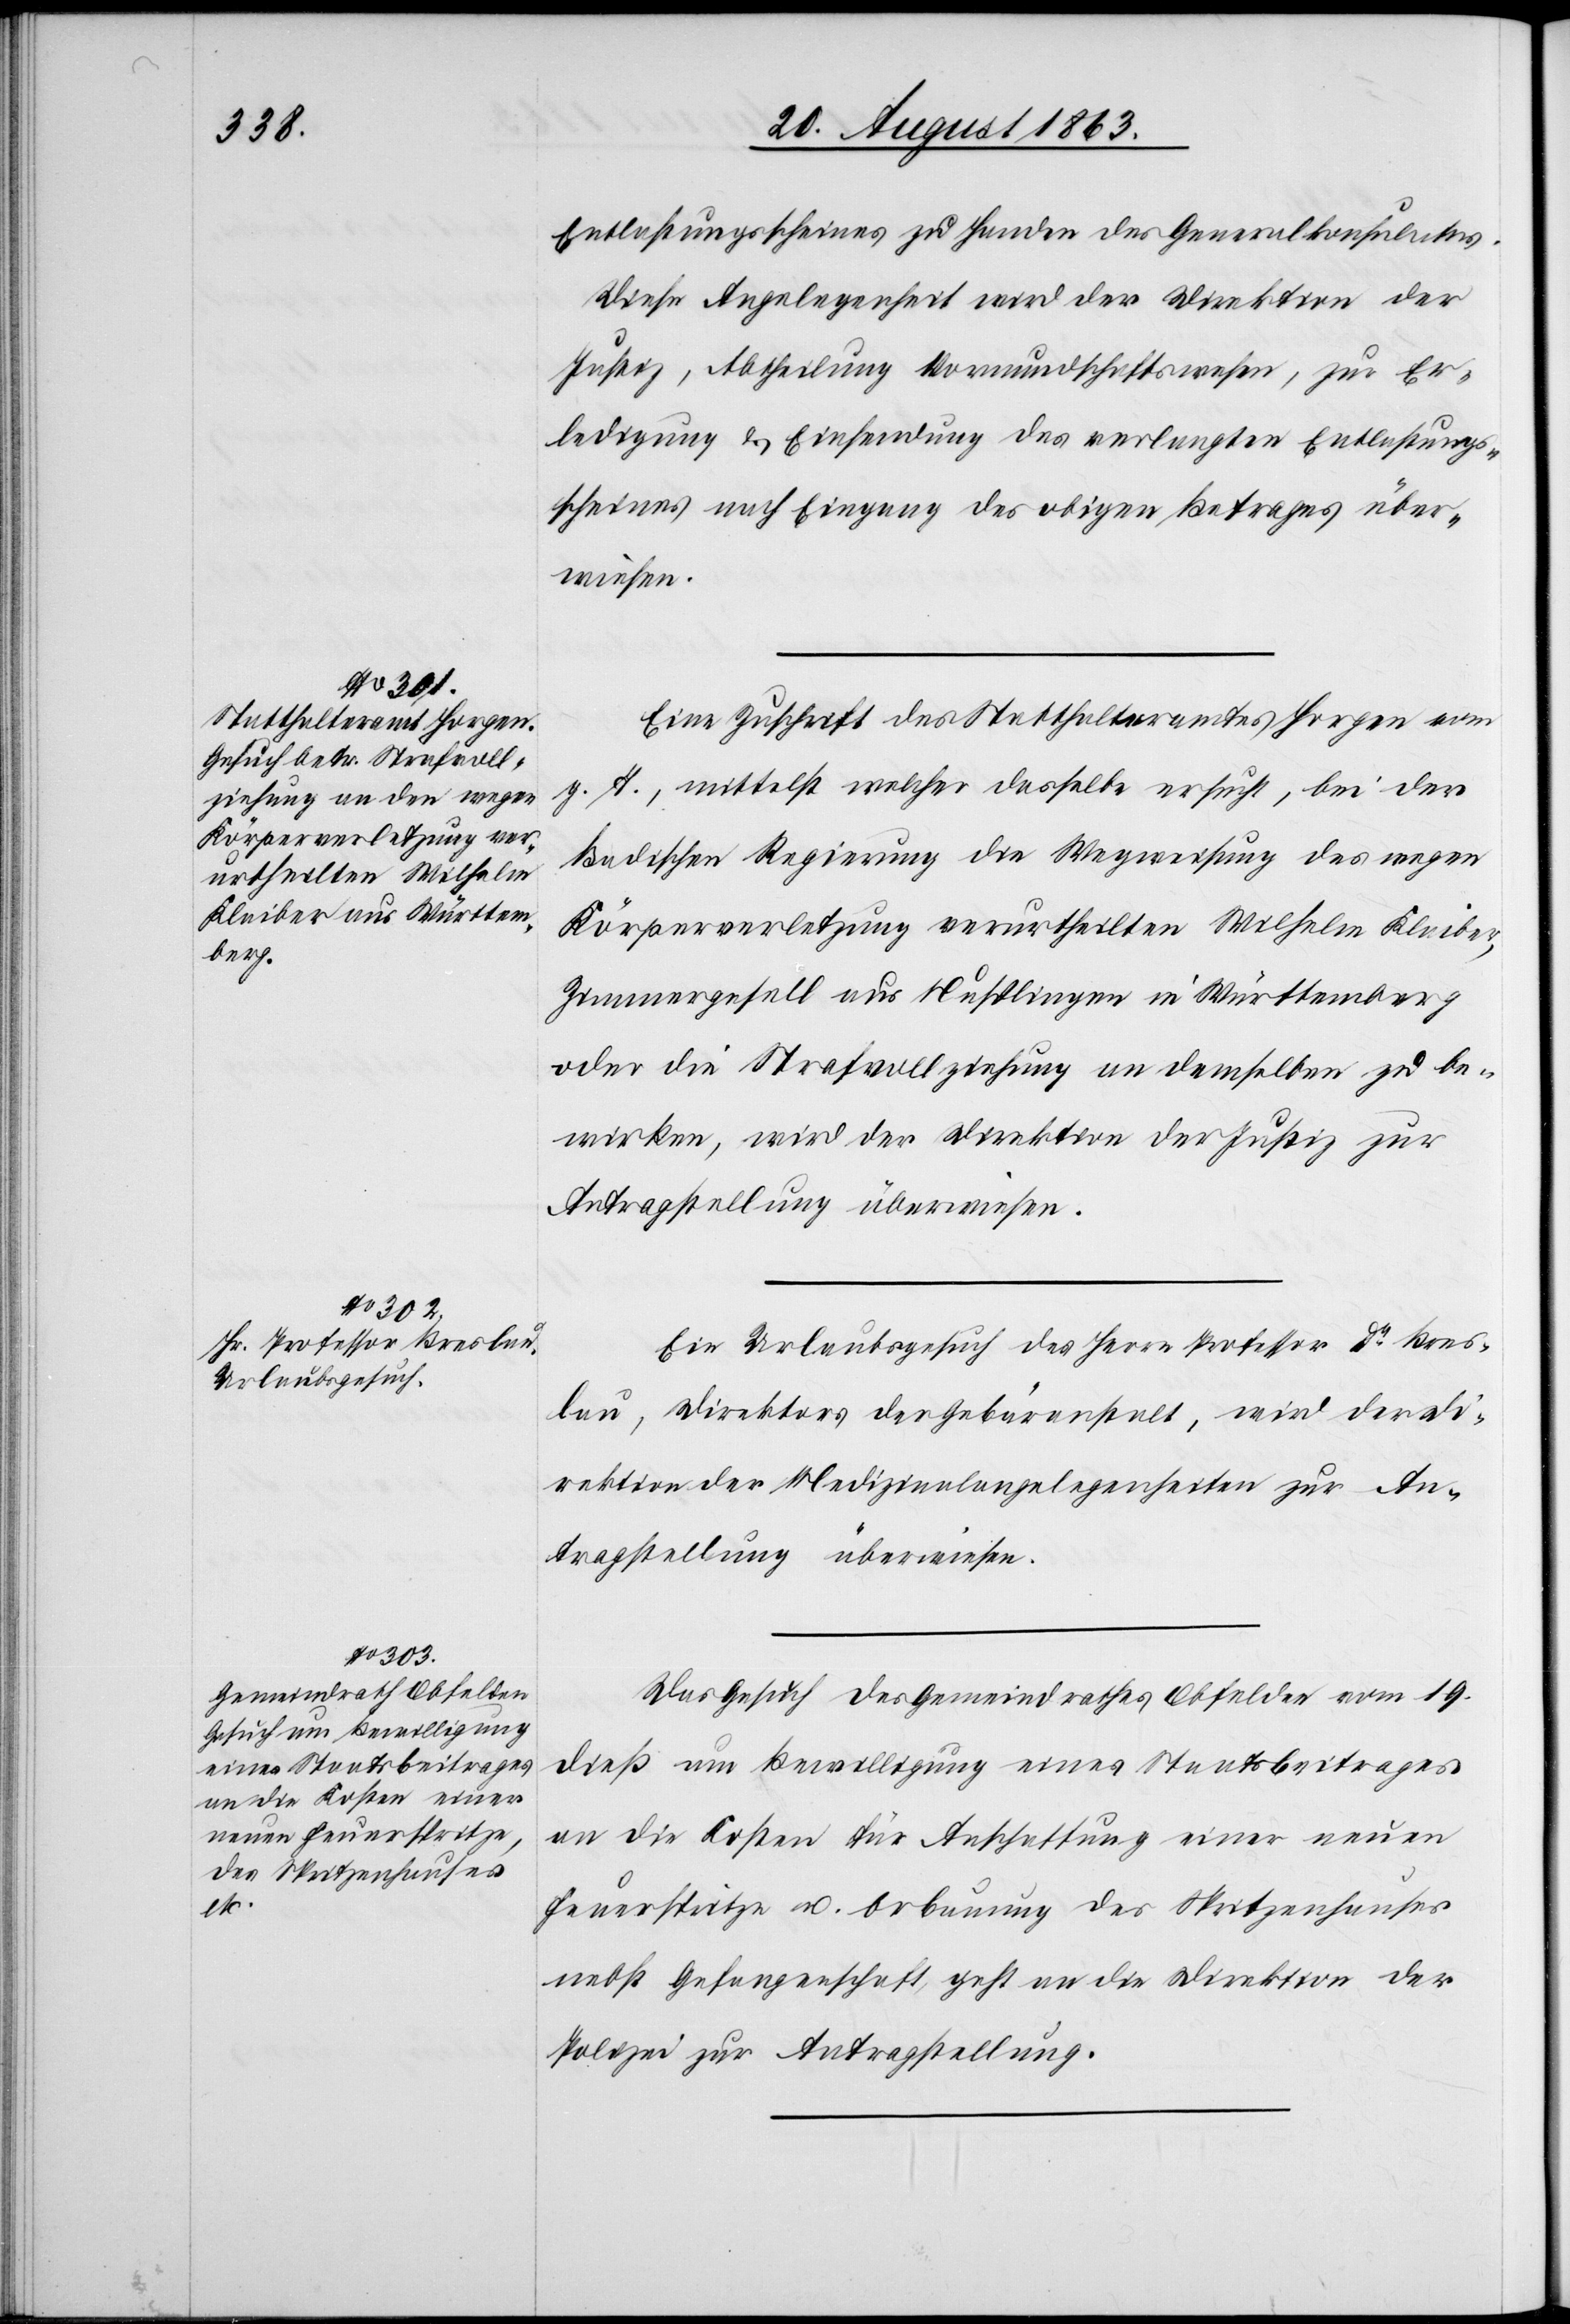
22.

Entlastungsscheines zu Handen des Generalkonsulates.
Diese Angelegenheit wird der Direktion der
Justiz, Abtheilung Vormundschaftswesen, zur Er¬
ledigung & Einsendung des verlangten Entlastungs¬
scheines nach Eingang des obigen Betrages über¬
wiesen.
Eine Zuschrift des Statthalteramtes Horgen vom
g. T., mittelst welcher dasselbe ersucht, bei der
Badischen Regierung die Wegweisung des wegen
Körperverletzung verurtheilten Wilhelm Klaiber,
Zimmergesell aus Nusplingen in Württemberg
oder die Strafvollziehung an demselben zu be¬
wirken, wird der Direktion der Justiz zur
Antragstellung überwiesen.
Ein Urlaubsgesuch des Herrn Professor Dr Bres¬
lau, Direktors der Gebäranstalt, wird der Di¬
rektion der Medizinalangelegenheiten zur An¬
tragstellung überwiesen.
Das Gesuch des Gemeindrathes Obfelden vom 19.
dieß um Bewilligung eines Staatsbeitrages
an die Kosten für Anschaffung einer neuen
Feuerspritze u. Erbauung des Spritzenhauses
nebst Gefangenschaft geht an die Direktion der
Polizei zur Antragstellung.